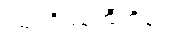
ဩဝဒိဿတီတိပေ